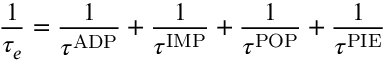
\frac { 1 } { \tau _ { e } } = \frac { 1 } { \tau ^ { \mathrm { A D P } } } + \frac { 1 } { \tau ^ { \mathrm { I M P } } } + \frac { 1 } { \tau ^ { \mathrm { P O P } } } + \frac { 1 } { \tau ^ { \mathrm { P I E } } }